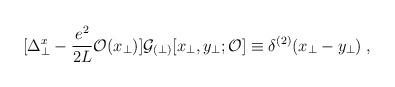
LaTeX: \begin{align*}[ \Delta_\perp^x - \frac{e^2}{2L} {\cal O}(x_\perp) ]{\cal G}_{(\perp)}[x_\perp , y_\perp; {\cal O}]\equiv \delta^{(2)} (x_\perp - y_\perp ) \; ,\end{align*}